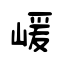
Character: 嵈